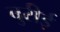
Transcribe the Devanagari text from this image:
बुरीई